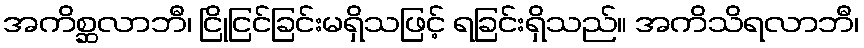
အကိစ္ဆလာဘီ၊ ငြိုငြင်ခြင်းမရှိသဖြင့် ရခြင်းရှိသည်။ အကိသိရလာဘီ၊